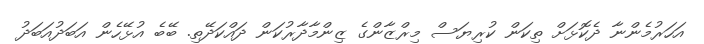
އަހަރުމެންނާ ދެކޮޅަށް ތިކަން ކުރިޔަސް މިރްޒާންގެ ޒިންމާދާރުކަން ދައްކަދޭތި. ބޭބެ އުޅޭހެން އަބަދުއަބަދު